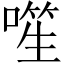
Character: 𪡾